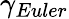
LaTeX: \gamma_{Euler}